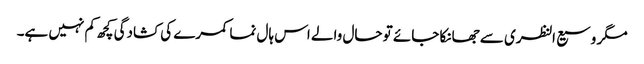
مگر وسیع النظری سے جھانکا جائے تو حال والے اس ہال نما کمرے کی کشادگی کچھ کم نہیں ہے۔